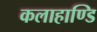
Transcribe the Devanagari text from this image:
कलाहाण्डि